Scottish Leaving Certificate Examination, 1957
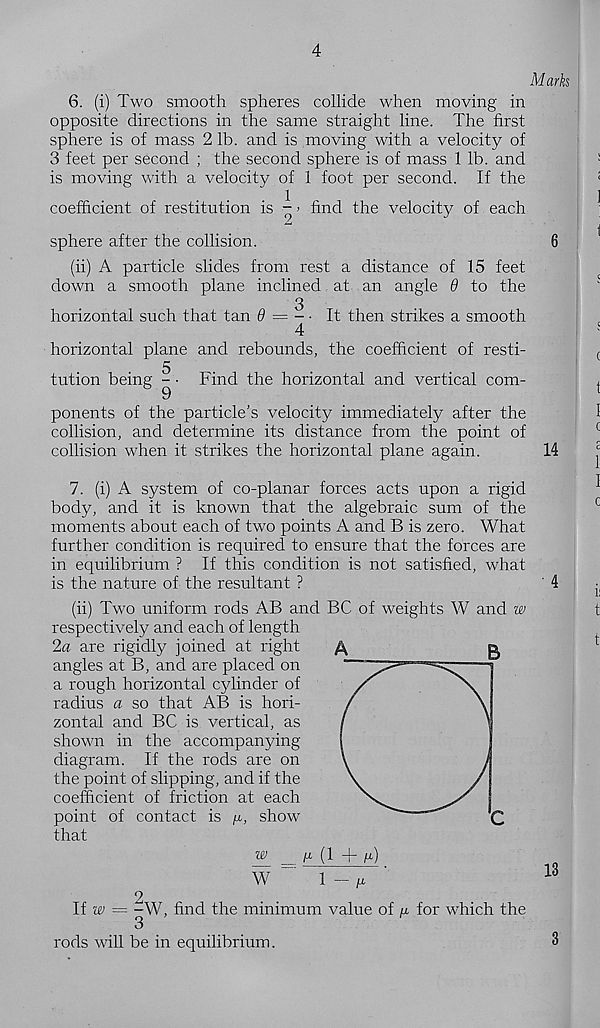
4
Marks
6. (i) Two smooth spheres collide when moving in
opposite directions in the same straight line. The first
sphere is of mass 2 lb. and is moving with a velocity of
3 feet per second ; the second sphere is of mass 1 lb. and
is moving with a velocity of 1 foot per second. If the
coefficient of restitution is - > find the velocity of each
sphere after the collision.
(ii) A particle slides from rest a distance of 15 feet
down a smooth plane inclined at an angle 6 to the
■3
It then strikes a smooth
horizontal such that tan 9 = - ■
4
horizontal plane and rebounds, the coefficient of resti-
5
tution being - • Find the horizontal and vertical com-
ponents of the particle’s velocity immediately after the
collision, and determine its distance from the point of
collision when it strikes the horizontal plane again.
w
jU (1 + /x)
W
1
rods will be in equilibrium.
14
7. (i) A system of co-planar forces acts upon a rigid
body, and it is known that the algebraic sum of the
moments about each of two points A and B is zero. What
further condition is required to ensure that the forces are
in equilibrium ? If this condition is not satisfied, what
is the nature of the resultant ?
(ii) Two uniform rods AB and BC of weights W and w
respectively and each of length
2a are rigidly joined at right
angles at B, and are placed on
a rough horizontal cylinder of
radius a so that AB is hori-
zontal and BC is vertical, as
shown in the accompanying
diagram. If the rods are on
the point of slipping, and if the
coefficient of friction at each
point of contact is l u, show
that
13
11 w = -W, find the minimum value of « for which the
3